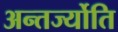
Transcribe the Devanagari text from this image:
अन्तर्ज्योति